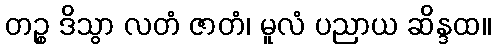
တဉ္စ ဒိသွာ လတံ ဇာတံ၊ မူလံ ပညာယ ဆိန္ဒထ။